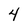
Character: 4